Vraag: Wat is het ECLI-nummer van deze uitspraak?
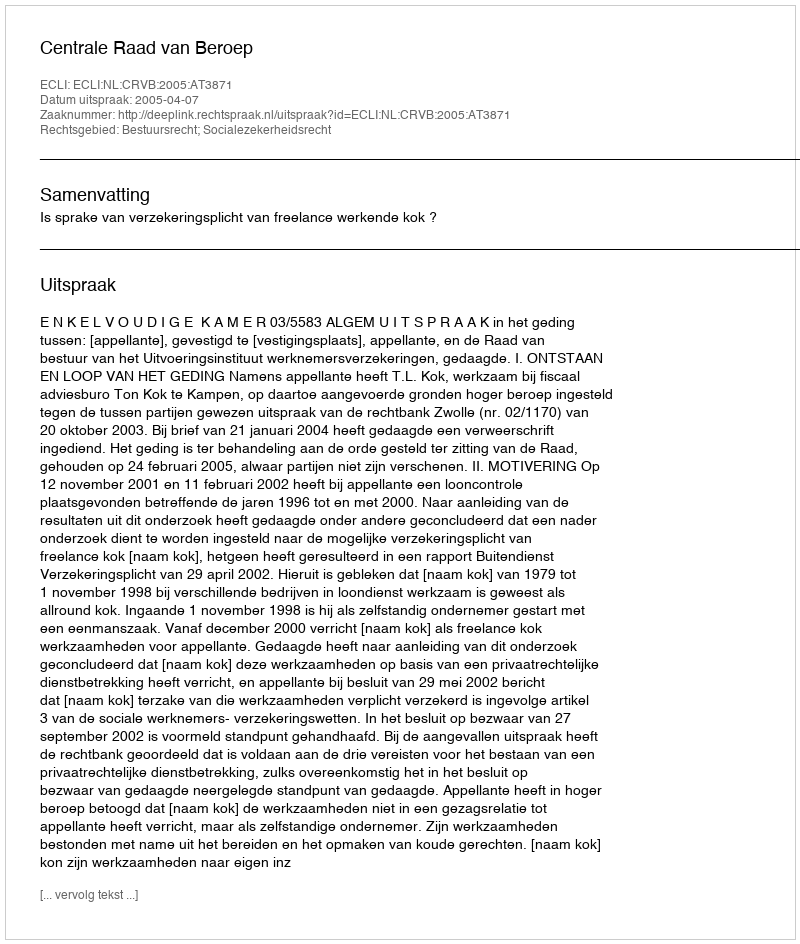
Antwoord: ECLI:NL:CRVB:2005:AT3871